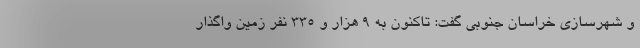
و شهرسازی خراسان جنوبی گفت: تاکنون به ۹ هزار و ۳۳۵ نفر زمین واگذار